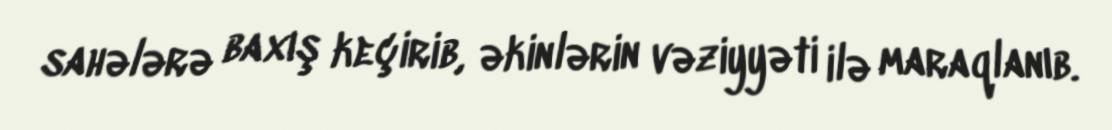
sahələrə baxış keçirib, əkinlərin vəziyyəti ilə maraqlanıb.